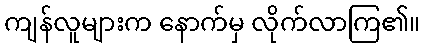
ကျန်လူများက နောက်မှ လိုက်လာကြ၏။